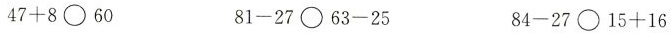
$$4 7 + 8 \circ 6 0$$ $$8 1 - 2 7 \circ 6 3 - 2 5$$ $$8 4 - 2 7 \circ 1 5 + 1 6$$